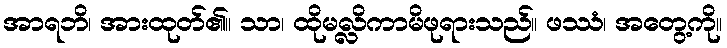
အာရဘိ၊ အားထုတ်၏။ သာ၊ ထိုမလ္လိကာမိဖုရားသည်။ ဖဿံ၊ အတွေ့ကို။